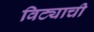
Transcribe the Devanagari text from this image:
विट्याची